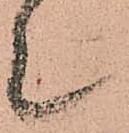
上